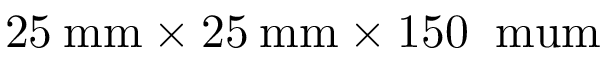
2 5 \: \mathrm { m m } \times 2 5 \: \mathrm { m m } \times 1 5 0 \: \mathrm { \ m u m }